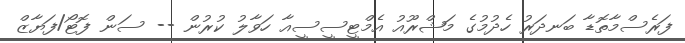
ފަރެސްމާތޮޑާ ބަނދަރު ހެދުމުގެ މަޝްރޫއު އެމްޓީސީސީއާ ހަވާލު ކުރުން -- ސަން ފޮޓޯ/ފަޔާޒް